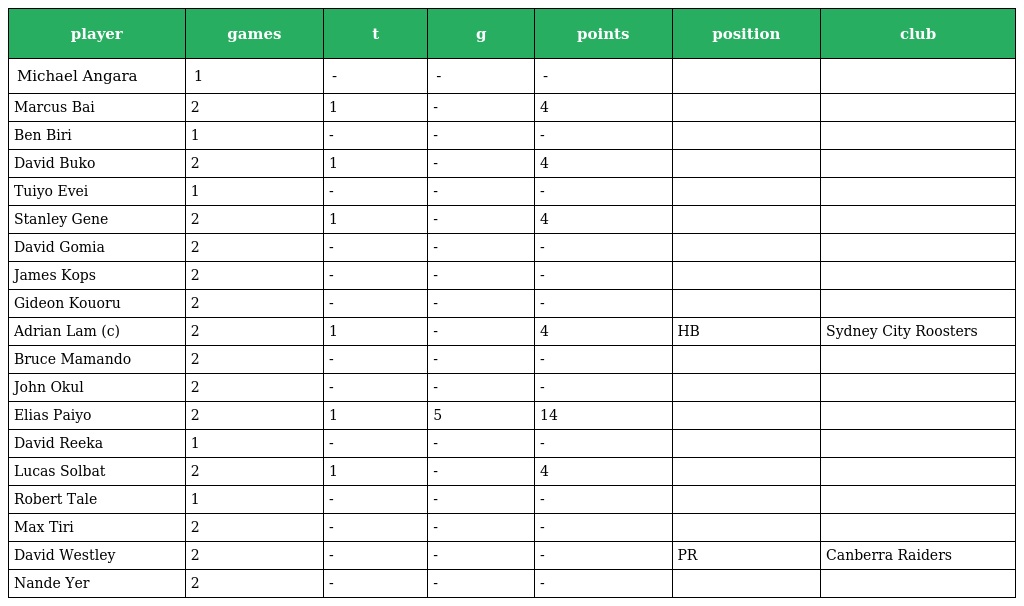
| player | games | t | g | points | position | club |
 | --- | --- | --- | --- | --- | --- | --- |
 | Michael Angara | 1 | - | - | - |  |  |
 | Marcus Bai | 2 | 1 | - | 4 |  |  |
 | Ben Biri | 1 | - | - | - |  |  |
 | David Buko | 2 | 1 | - | 4 |  |  |
 | Tuiyo Evei | 1 | - | - | - |  |  |
 | Stanley Gene | 2 | 1 | - | 4 |  |  |
 | David Gomia | 2 | - | - | - |  |  |
 | James Kops | 2 | - | - | - |  |  |
 | Gideon Kouoru | 2 | - | - | - |  |  |
 | Adrian Lam (c) | 2 | 1 | - | 4 | HB | Sydney City Roosters |
 | Bruce Mamando | 2 | - | - | - |  |  |
 | John Okul | 2 | - | - | - |  |  |
 | Elias Paiyo | 2 | 1 | 5 | 14 |  |  |
 | David Reeka | 1 | - | - | - |  |  |
 | Lucas Solbat | 2 | 1 | - | 4 |  |  |
 | Robert Tale | 1 | - | - | - |  |  |
 | Max Tiri | 2 | - | - | - |  |  |
 | David Westley | 2 | - | - | - | PR | Canberra Raiders |
 | Nande Yer | 2 | - | - | - |  |  |